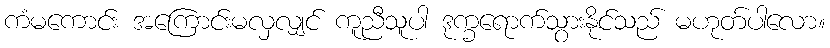
ကံမကောင်း အကြောင်းမလှလျှင် ကူညီသူပါ ဒုက္ခရောက်သွားနိုင်သည် မဟုတ်ပါလော။